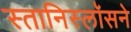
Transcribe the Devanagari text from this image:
स्तानिस्लॉसने